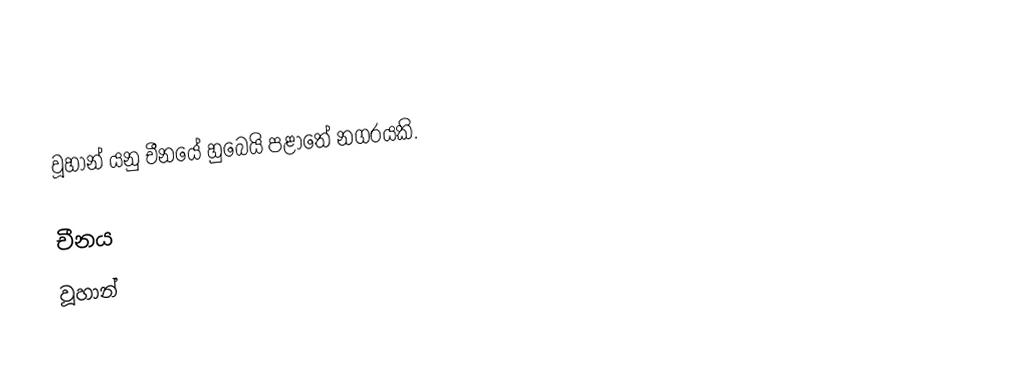
වූහාන් යනු චීනයේ හුබෙයි පළාතේ නගරයකි.

චීනය
වූහාන්